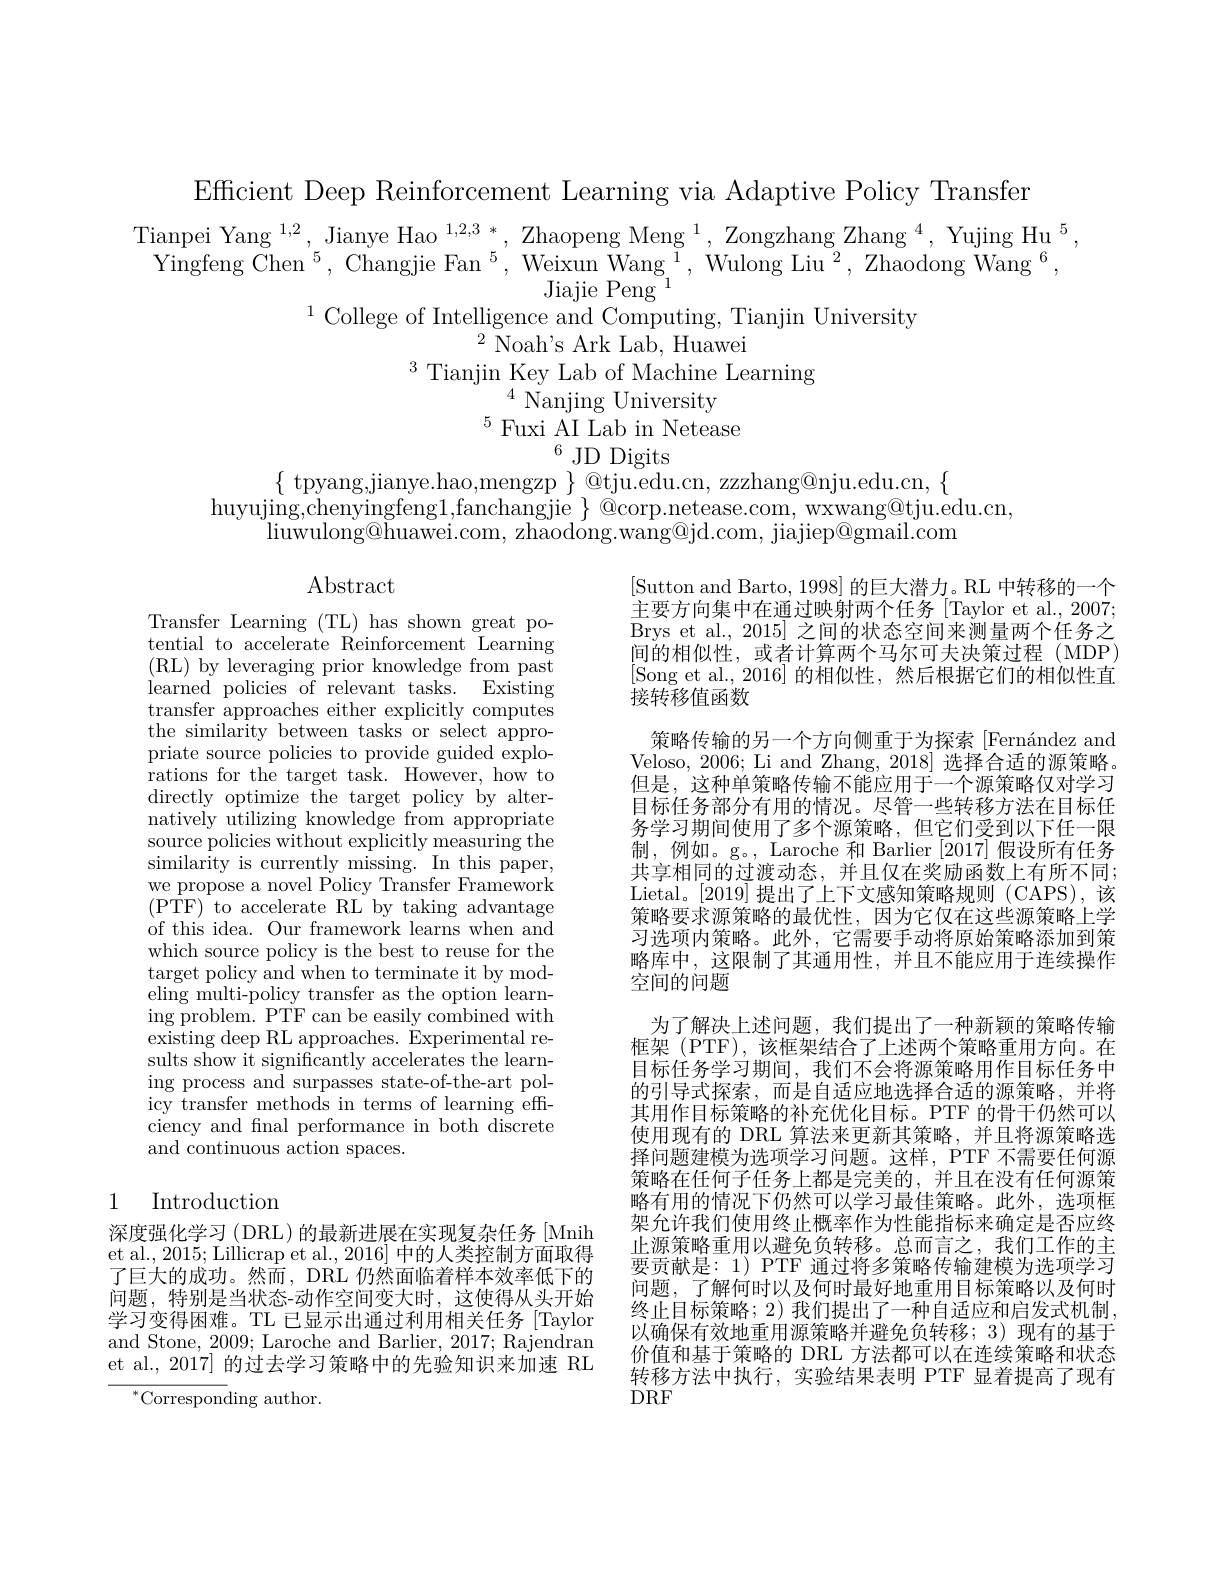
$\begin{array}{c}{\text{Tianpei Yang }^{1,2},\text{Jianye Hao}^{1,2,3}*,\text{Zhaopeng Meng}^{1},\text{Zongzhang Zhang }^{4},\text{Yujing Hu}^{5},}\\{\text{Yingfeng Chen}^{5},\text{Changjie Fan}^{5},\text{Weixun Wang}^{1},\text{Wulong Liu}^{2},\text{Zhaodong Wang }^{6},}\\{\text{Jiajie Peng}^{1},\text{Zhaodong Wang }^{6},}\end{array}$
slligence and Computing. Tia $^{2}\bar{\mathrm{~Noah's~Ark~Lab,~Huawei}}$
$^{3}$Tianjin Key Lab of Machine Learning
${}^{4}{\mathrm{~Nanjing~University}}$
$^{5}$Fuxi AI Lab in Netease
$^{6}$JD Digits
$\{$ tpyang,jianye.hao,mengzp $\}$ @tju.edu.cn, zzzhang@nju.edu.cn,$\{$

Efficient Deep Reinforcement Learning via Adaptive Policy Transfer
$\operatorname*{liuwulong@huawei.com,~zhaodong.wang@jd.com,~jiajiep@gmail.com}$

Abstract

Transfer Learning (TL) has shown great potential to accelerate Reinforcement Learning ( RL) by leveraging prior knowledge from past learned policies of relevant tasks. Existing transfer approaches either explicitly computes the similarity between tasks or select appropriate source policies to provide guided explorations for the target task. However, how to directly optimize the target policy by alternatively utilizing knowledge from appropriate source policies without explicitly measuring the similarity is currently missing. In this paper, we propose a novel Policy Transfer Framework ( PTF) to accelerate RL by taking advantage of this idea. Our framework learns when and which source policy is the best to reuse for the target policy and when to terminate it by modeling multi-policy transfer as the option learn- $\operatorname{ing}{\mathrm{~problem.~PTF~can~be~easily~combined~with}}$ existing deep RL approaches. Experimental results show it significantly accelerates the learning process and surpasses state-of-the-art policy transfer methods in terms of learning effciency and final performance in both discrete and continuous action spaces.

[Sutton and Barto, 1998] 的巨大潜力。RL 中转移的一个主要方向集中在通过映射两个任务 [Taylor et al., 2007; Brys et al., 2015] 之间的状态空间来测量两个任务之间的相似性，或者计算两个马尔可夫决策过程(MDP) [Song et al.,2016]的相似性，然后根据它们的相似性直接转移值函数
策略传输的另一个方向侧重于为探索$[ \text{Fern\' {a}ndezand}$ Veloso, 2006; Li and Zhang, 2018] 选择合适的源策略。但是，这种单策略传输不能应用于一个源策略仅对学习目标任务部分有用的情况。尽管一些转移方法在目标任务学习期间使用了多个源策略，但它们受到以下任一限制，例如。g。, Laroche 和 Barlier [2017]假设所有任务共享相同的过渡动态，并且仅在奖励函数上有所不同； Lietal。$\lfloor2019\rfloor$提出了上下文感知策略规则(CAPS),该策略要求源策略的最优性，因为它仅在这些源策略上学习选项内策略。此外，它需要手动将原始策略添加到策略库中，这限制了其通用性，并且不能应用于连续操作空间的问题
为了解决上述问题，我们提出了一种新颖的策略传输框架 (PTF),该框架结合了上述两个策略重用方向。在目标任务学习期间，我们不会将源策略用作目标任务中的引导式探索，而是自适应地选择合适的源策略，并将其用作目标策略的补充优化目标。PTF 的骨干仍然可以使用现有的 DRL 算法来更新其策略，并且将源策略选择问题建模为选项学习问题。这样，PTF 不需要任何源策略在任何子任务上都是完美的，并且在没有任何源策略有用的情况下仍然可以学习最佳策略。此外，选项框架允许我们使用终止概率作为性能指标来确定是否应终止源策略重用以避免负转移。总而言之，我们工作的主要贡献是：1) PTF 通过将多策略传输建模为选项学习问题，了解何时以及何时最好地重用目标策略以及何时终止目标策略；2) 我们提出了一种自适应和启发式机制以确保有效地重用源策略并避免负转移；3) 现有的基于价值和基于策略的 DRL 方法都可以在连续策略和状态转移方法中执行，实验结果表明 PTF 显着提高了现有$DRF$

## 1 Introduction

深度强化学习 (DRL) 的最新进展在实现复杂任务 [Mnih et al., 2015; Lillicrap et al., 2016] 中的人类控制方面取得了巨大的成功。然而，DRL 仍然面临着样本效率低下的问题，特别是当状态-动作空间变大时，这使得从头开始学习变得困难。TL 已显示出通过利用相关任务 [Taylor and Stone, 2009; Laroche and Barlier, 2017; Rajendran et al., 2017] 的过去学习策略中的先验知识来加速 RL

$^{*}$Corresponding author